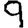
Digit: 9